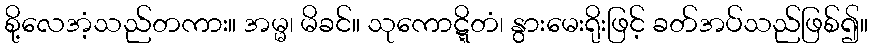
စို့လေအံ့သည်တကား။ အမ္မ၊ မိခင်။ သုကောဋ္ဋိတံ၊ နွားမေးရိုးဖြင့် ခတ်အပ်သည်ဖြစ်၍။